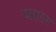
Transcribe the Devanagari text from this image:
पाएस